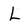
Character: L